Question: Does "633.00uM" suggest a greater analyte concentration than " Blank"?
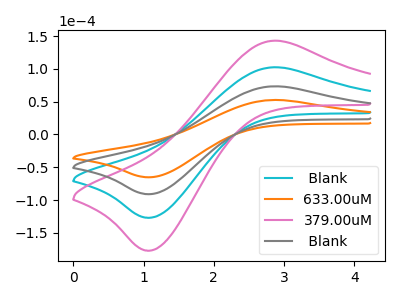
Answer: <think>The cyan curve " Blank" has an anodic peak at (2.85V, 147.00uA) and a cathodic peak at (1.10V, -181.90uA). The orange curve "633.00uM" has an anodic peak at (2.85V, 52.70uA) and a cathodic peak at (1.10V, -65.20uA). The pink curve "379.00uM" has an anodic peak at (2.85V, 220.45uA) and a cathodic peak at (1.10V, -272.90uA). The gray curve " Blank" has an anodic peak at (2.85V, 73.50uA) and a cathodic peak at (1.10V, -90.95uA).
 All the peaks in "633.00uM" have a peak in " Blank" at the same potential. Every peak in "633.00uM" is lower than every peak in " Blank".</think>
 <answer>"633.00uM" has less signal than " Blank".</answer>
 <eval>less_signal</eval>